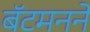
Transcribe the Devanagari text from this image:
बॅटमनने